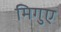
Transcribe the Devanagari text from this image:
मिगुए